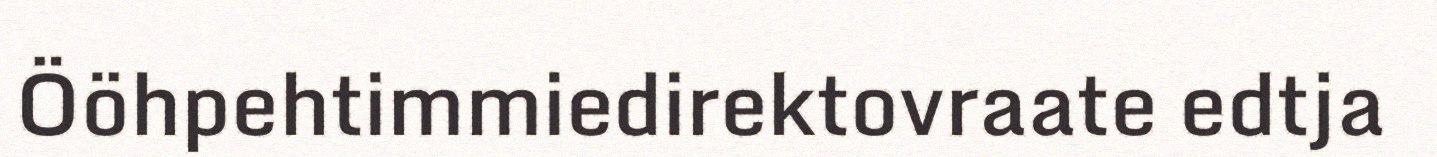
Ööhpehtimmiedirektovraate edtja